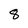
Character: 8